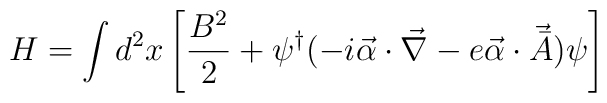
H=\int d^2 x  \left[\frac {B^2} {2} + \psi^{\dag} (-i {\vec {\alpha}}\cdot \vec {\nabla}- e {\vec {\alpha}} \cdot {\vec {{\bar A}}})\psi \right]